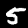
Label: 5